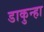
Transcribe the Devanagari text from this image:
डाकुन्हा